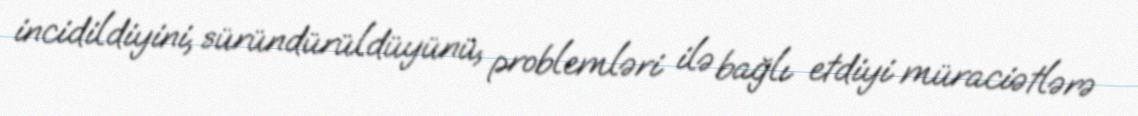
incidildiyini, süründürüldüyünü, problemləri ilə bağlı etdiyi müraciətlərə